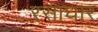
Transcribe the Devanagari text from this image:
रसाघार